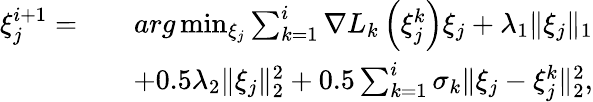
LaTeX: \begin{array}{rlr}{\xi_{j}^{i+1}=}&{}&{arg\operatorname*{min}_{\xi_{j}}\sum_{k=1}^{i}{\nabla L}_{k}\left(\xi_{j}^{k}\right)\xi_{j}+\lambda_{1}\| \xi_{j}\| _{1}}\\ &{}&{+0.5\lambda_{2}\| \xi_{j}\| _{2}^{2}+0.5\sum_{k=1}^{i}\sigma_{k}\| \xi_{j}-\xi_{j}^{k}\| _{2}^{2},}\end{array}